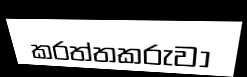
කරත්තකරුවා